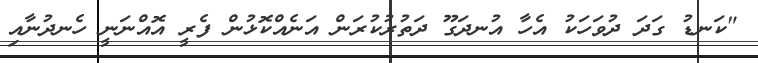
"ކަނޑު ގަދަ ދުވަހަކު އެހާ އުނދަގޫ ދަތުރުކުރަން އަނެއްކޮޅުން ފެރީ އޮއްނަނީ ހެނދުނާއި